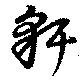
豻